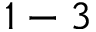
1 - 3